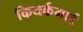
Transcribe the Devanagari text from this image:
कियर्कगार्ड